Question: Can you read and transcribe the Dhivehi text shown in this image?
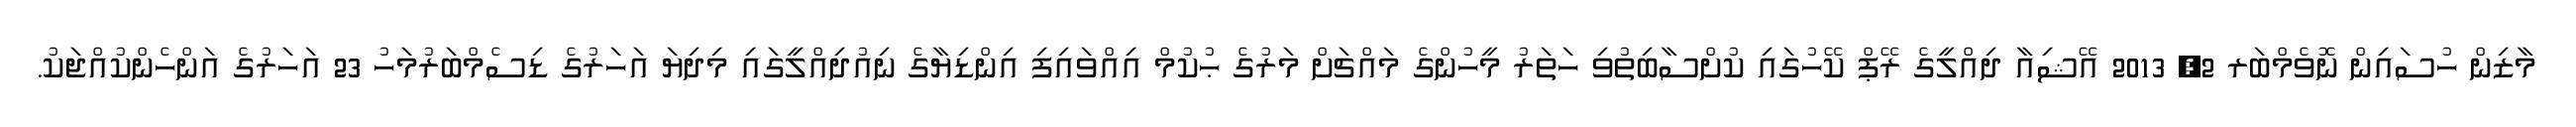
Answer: މާޒިން ހުސައިން ނޮވެމްބަރ 2, 2013 އޭޝިއާ ދިއްލީގެ ރޭޕް ކޭހުގައި ކުށްސާބިތުވި ހަތަރު މީހުންގެ މައްޗަށް މަރުގެ ޙުކުމް އިއްވައިފި އިންޑިޔާގެ ނިއުދިއްލީގައި މިދިޔަ އަހަރުގެ ޑިސެމްބަރުމަހު 23 އަހަރުގެ އަންހެންކުއްޖަކު.